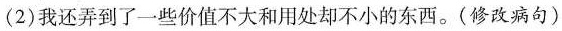
(2)我还弄到了一些价值不大和用处却不小的东西。(修改病句)